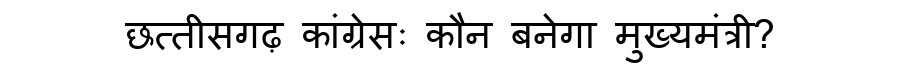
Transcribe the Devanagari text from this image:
छत्तीसगढ़ कांग्रेसः कौन बनेगा मुख्यमंत्री?